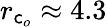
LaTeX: r_{\mathsf{c}_{o}}\approx4.3